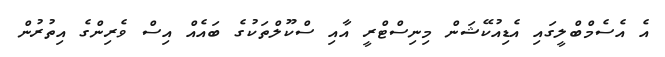
އެ އެސެމްބްލީގައި އެޑިއުކޭޝަން މިނިސްޓްރީ އާއި ސްކޫލްތަކުގެ ބައެއް އިސް ވެރިންގެ އިތުރުން